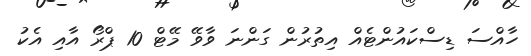
ހާއްސަ ޑިސްކައުންޓެއް އިތުރުން ގަންނަ ވާވޭ މޭޓް 10 ޕްރޯ އާއި އެކު